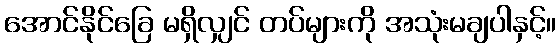
အောင်နိုင်ခြေ မရှိလျှင် တပ်များကို အသုံးမချပါနှင့်။